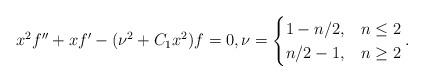
LaTeX: \begin{align*}x^2 f'' + x f' - (\nu^2 + C_1 x^2) f =0 ,\nu=\begin{cases} 1-n/2, & n\leq 2\\ n/2-1, & n\geq 2\end{cases} . \end{align*}